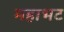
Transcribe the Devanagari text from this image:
महाभट